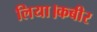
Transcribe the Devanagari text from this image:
लिया।कबीर